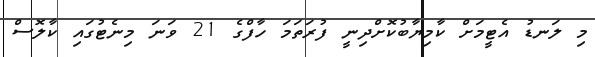
މި ލަނޑު އެޓީމަށް ކާމިޔާބުކޮށްދިނީ ފުރަތަމަ ހާފްގެ 21 ވަނަ މިނެޓުގައި ކާލޮސް